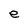
Character: e